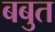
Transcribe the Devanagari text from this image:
बबुत